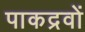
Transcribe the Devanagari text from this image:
पाकद्रवों